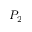
P _ { 2 }